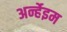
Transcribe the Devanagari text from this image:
अर्न्हेइम